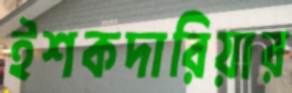
ইশকদারিয়ার